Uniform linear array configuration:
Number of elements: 24
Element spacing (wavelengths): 0.25
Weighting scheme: kaiser
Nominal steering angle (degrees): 60
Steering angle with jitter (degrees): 59.399
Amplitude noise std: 0.05
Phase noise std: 0.05

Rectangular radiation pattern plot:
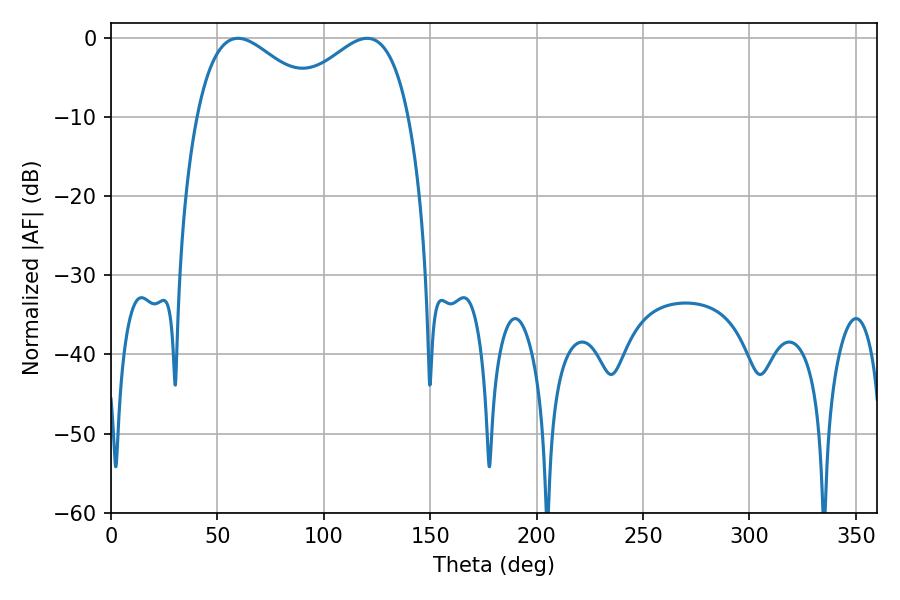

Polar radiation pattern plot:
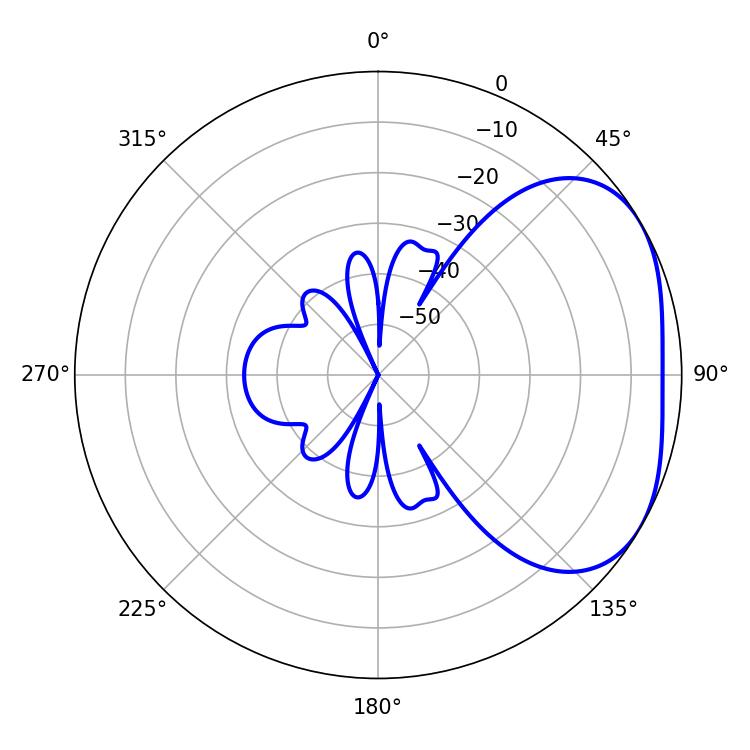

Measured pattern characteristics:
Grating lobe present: FALSE
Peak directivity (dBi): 3.042
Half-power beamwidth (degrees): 32.22
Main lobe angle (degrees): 59.58